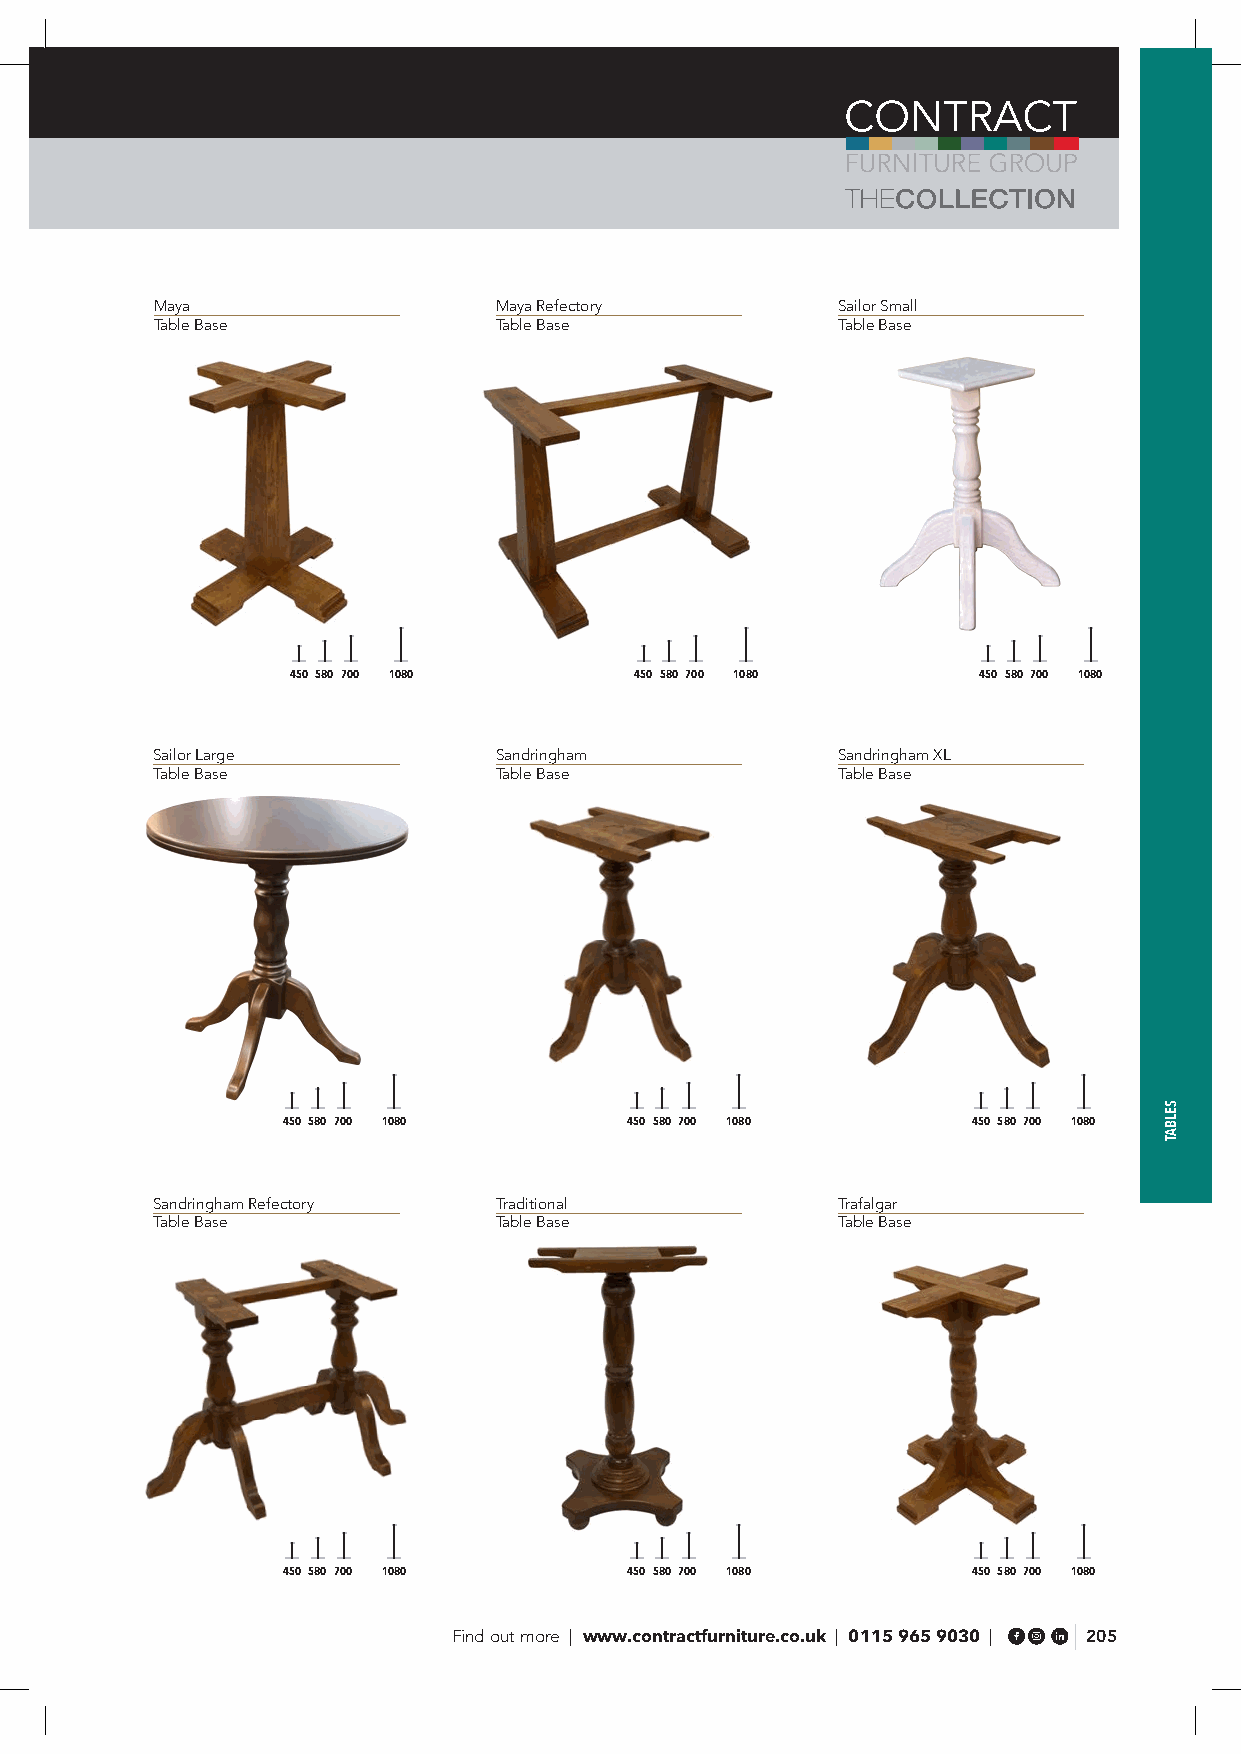
Please see our website for available sizes and options on all Table Bases
 Maya                   Maya Refectory        Sailor Small
 Table Base             Table Base            Table Base
 450 580 700 1080       450 580 700 1080       450 580 700 1080
 Sailor Large           Sandringham           Sandringham XL
 Table Base             Table Base            Table Base
 450 580 700 1080      450 580 700 1080       450 580 700 1080
 Sandringham Refectory  Traditional           Trafalgar
 Table Base             Table Base            Table Base
 450 580 700 1080      450 580 700 1080       450 580 700 1080
 Find out more | www.contractfurniture.co.uk | 0115 965 9030 | 205
 SELBAT